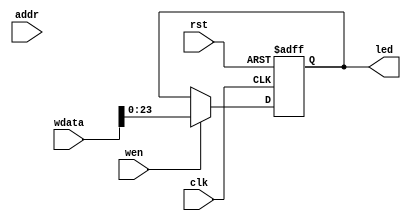
module LEDs (
   input wire        clk,
   input wire        rst,
   input wire [31:0] addr,
   input wire        wen,
   input wire [31:0] wdata,

   output reg [23:0] led
);

   always @(posedge clk or posedge rst) begin
      if (rst) begin
         led <= 24'h0;
      end

      else if(wen) begin
         led <= wdata[23:0];
      end
   end

endmodule  //LEDs